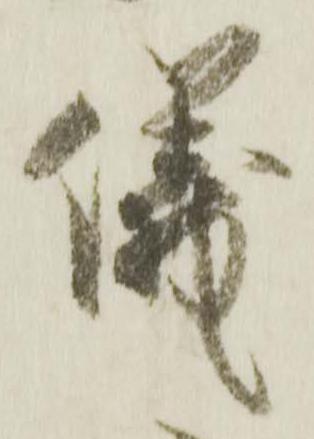
儀